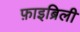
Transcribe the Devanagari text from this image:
फ़ाइब्रिली